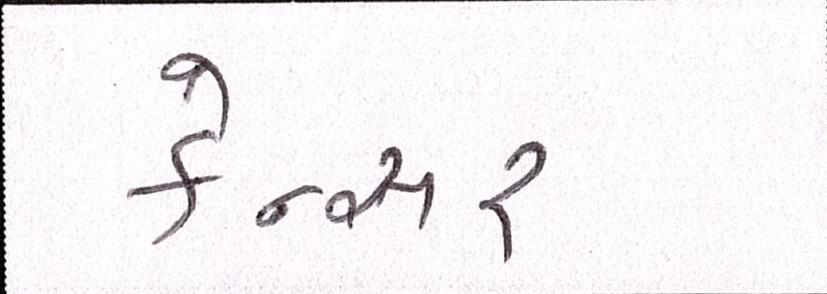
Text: કેન્સર